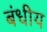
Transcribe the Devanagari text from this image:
बंधीय